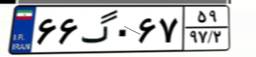
۶۶گ۰۶۷۵۹